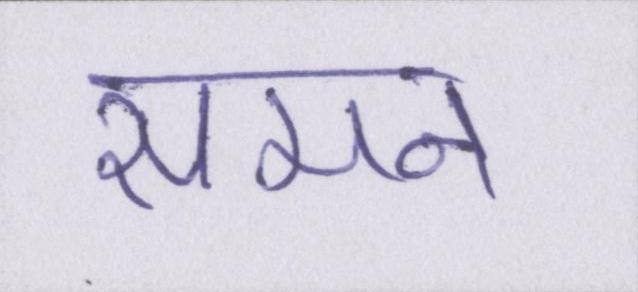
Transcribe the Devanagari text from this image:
समन